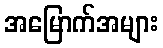
အမြောက်အများ